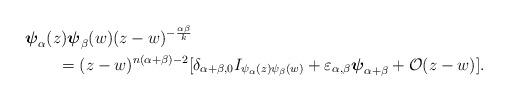
LaTeX: \begin{align*}&\boldsymbol{\psi}_\alpha(z)\boldsymbol{\psi}_\beta(w)(z-w)^{-\frac{\alpha\beta}{k}}\\&\qquad=(z-w)^{n(\alpha+\beta)-2}[\delta_{\alpha+\beta,0}I_{\psi_{\alpha}(z)\psi_{\beta}(w)}+\varepsilon_{\alpha,\beta}\boldsymbol{\psi}_{\alpha+\beta}+\mathcal{O}(z-w)].\end{align*}